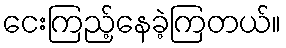
ငေးကြည့်နေခဲ့ကြတယ်။